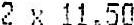
2 X 11.50